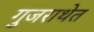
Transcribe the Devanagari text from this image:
गुजराथेत